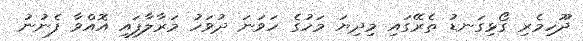
ދޫހިމެރި ގޯޅިގަނޑު ތެރޭގައި މިދިޔަ މަހުގެ ހަވަނަ ދުވަހު މަރާލާފައި އޮއްވާ ފެނުނު